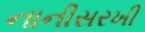
નાનીસરખી